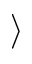
\rangle